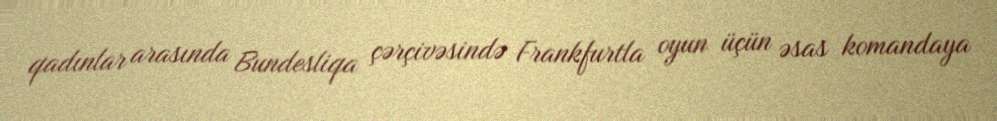
qadınlar arasında Bundesliqa çərçivəsində Frankfurtla oyun üçün əsas komandaya